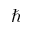
\hbar